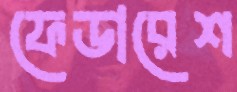
ফেডারেশ